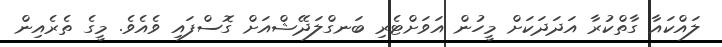
ލައްކައާ ގާތްކުރާ އަދަދަކަށް މީހުން އަވަށްޓެރި ބަނގްލަދޭޝްއަށް ގޮސްފައި ވެއެވެ. މީގެ ތެރެއިން